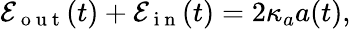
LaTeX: \mathcal{E}_{\mathrm{~o~u~t~}}(t)+\mathcal{E}_{\mathrm{~i~n~}}(t)=2\kappa_{a}a(t),